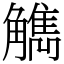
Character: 觹